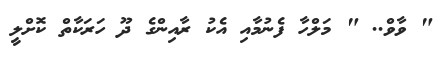
" ވާވް.. " މަލްހާ ފެނުމާއި އެކު ރާއިންގެ ދޫ ހަރަކާތް ކޮށްލީ